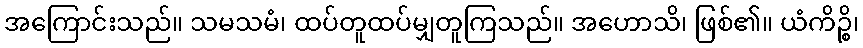
အကြောင်းသည်။ သမသမံ၊ ထပ်တူထပ်မျှတူကြသည်။ အဟောသိ၊ ဖြစ်၏။ ယံကိဉ္စိ၊